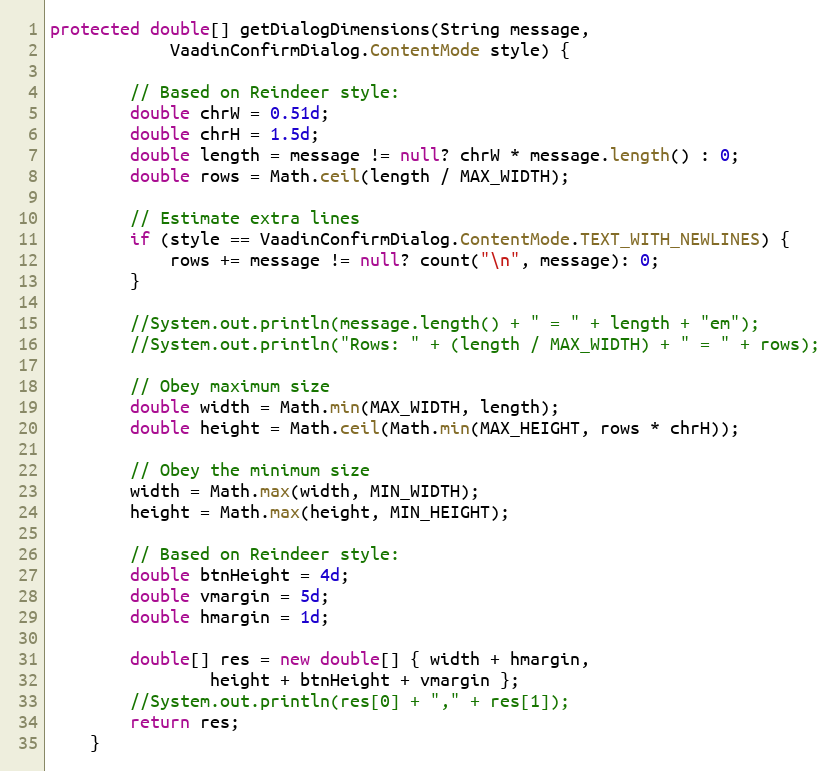
Language: Java
protected double[] getDialogDimensions(String message,
            VaadinConfirmDialog.ContentMode style) {

        // Based on Reindeer style:
        double chrW = 0.51d;
        double chrH = 1.5d;
        double length = message != null? chrW * message.length() : 0;
        double rows = Math.ceil(length / MAX_WIDTH);

        // Estimate extra lines
        if (style == VaadinConfirmDialog.ContentMode.TEXT_WITH_NEWLINES) {
            rows += message != null? count("\n", message): 0;
        }

        //System.out.println(message.length() + " = " + length + "em");
        //System.out.println("Rows: " + (length / MAX_WIDTH) + " = " + rows);

        // Obey maximum size
        double width = Math.min(MAX_WIDTH, length);
        double height = Math.ceil(Math.min(MAX_HEIGHT, rows * chrH));

        // Obey the minimum size
        width = Math.max(width, MIN_WIDTH);
        height = Math.max(height, MIN_HEIGHT);

        // Based on Reindeer style:
        double btnHeight = 4d;
        double vmargin = 5d;
        double hmargin = 1d;

        double[] res = new double[] { width + hmargin,
                height + btnHeight + vmargin };
        //System.out.println(res[0] + "," + res[1]);
        return res;
    }